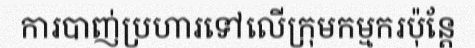
ការបាញ់ប្រហារទៅលើក្រុមកម្មករប៉ុន្តែ